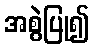
အစွဲပြု၍